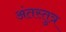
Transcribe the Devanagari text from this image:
अंतस्तुत्र